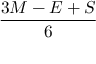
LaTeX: \frac { 3 M - E + S } { 6 }